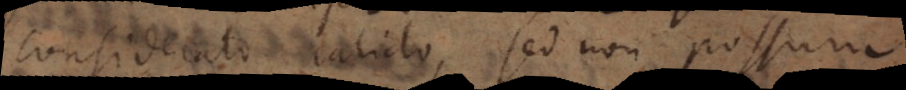
considerato calido, sed non possum